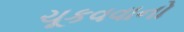
ચૂકવવાનો